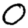
Digit: 0